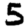
Digit: 5